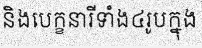
និងបេក្ខនារីទាំង៤រូបក្នុង